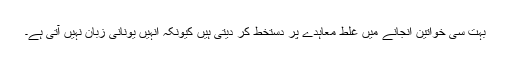
بہت سی خواتین انجانے میں غلط معاہدے پر دستخط کر دیتی ہیں کیونکہ انہیں یونانی زبان نہیں آتی ہے۔